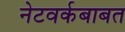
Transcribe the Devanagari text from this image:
नेटवर्कबाबत